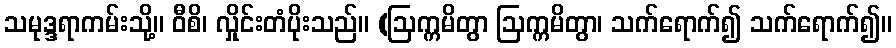
သမုဒ္ဒရာကမ်းသို့။ ဝီစိ၊ လှိုင်းတံပိုးသည်။ (ဩက္ကမိတွာ ဩက္ကမိတွာ၊ သက်ရောက်၍ သက်ရောက်၍။